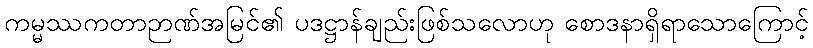
ကမ္မဿကတာဉာဏ်အမြင်၏ ပဒဋ္ဌာန်ချည်းဖြစ်သလောဟု စောဒနာရှိရာသောကြောင့်